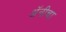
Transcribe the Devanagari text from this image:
अॅनीचा